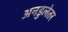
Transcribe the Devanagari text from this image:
अनडुलेतर